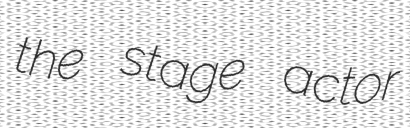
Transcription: the stage actor